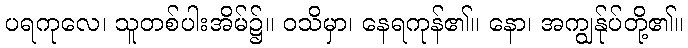
ပရကုလေ၊ သူတစ်ပါးအိမ်၌။ ဝသိမှာ၊ နေရကုန်၏။ နော၊ အကျွန်ုပ်တို့၏။